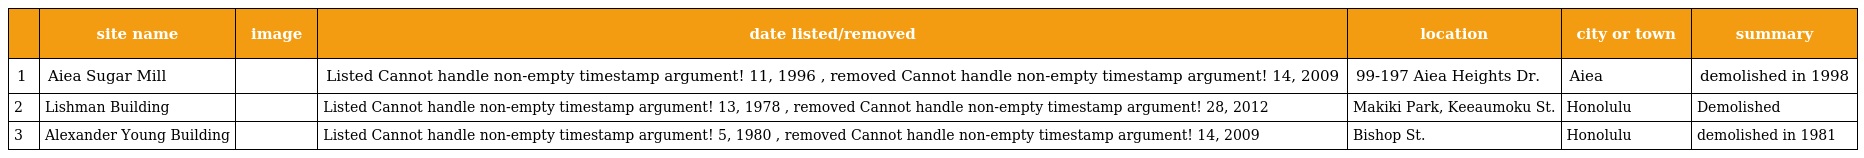
|  | site name | image | date listed/removed | location | city or town | summary |
 | --- | --- | --- | --- | --- | --- | --- |
 | 1 | Aiea Sugar Mill |  | Listed Cannot handle non-empty timestamp argument! 11, 1996 , removed Cannot handle non-empty timestamp argument! 14, 2009 | 99-197 Aiea Heights Dr. | Aiea | demolished in 1998 |
 | 2 | Lishman Building |  | Listed Cannot handle non-empty timestamp argument! 13, 1978 , removed Cannot handle non-empty timestamp argument! 28, 2012 | Makiki Park, Keeaumoku St. | Honolulu | Demolished |
 | 3 | Alexander Young Building |  | Listed Cannot handle non-empty timestamp argument! 5, 1980 , removed Cannot handle non-empty timestamp argument! 14, 2009 | Bishop St. | Honolulu | demolished in 1981 |